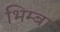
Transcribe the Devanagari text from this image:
भिम्बा